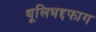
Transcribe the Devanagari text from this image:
थूलिभद्दफाग